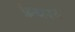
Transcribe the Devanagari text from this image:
फ़ेयरवे